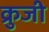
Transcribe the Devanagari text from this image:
क्रुजी